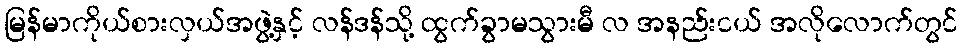
မြန်မာကိုယ်စားလှယ်အဖွဲ့နှင့် လန်ဒန်သို့ ထွက်ခွာမသွားမီ လ အနည်းငယ် အလိုလောက်တွင်